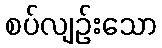
စပ်လျဉ်းသော